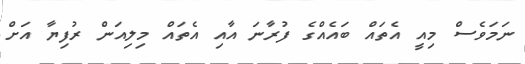
ނަމަވެސް މިއީ އެތައް ބައެއްގެ ފުރާނަ އާއި އެތައް މިލިއަން ރުފިޔާ އަށް